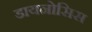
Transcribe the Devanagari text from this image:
डायनोसिस